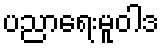
ပညာရေးမူဝါဒ